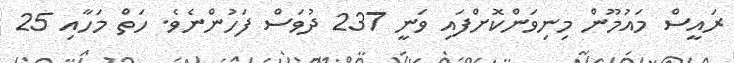
ރައީސް މައުމޫން މިނިވަންކޮށްފައި ވަނީ 237 ދުވަސް ފަހުންނެވެ. ހަތް މަހާއި 25